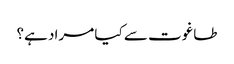
طاغوت سے کیا مراد ہے؟